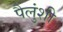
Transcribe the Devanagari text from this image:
पैलुंशी